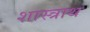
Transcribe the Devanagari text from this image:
शास्त्राथ